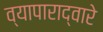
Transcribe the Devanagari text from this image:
व्यापाराद्वारे